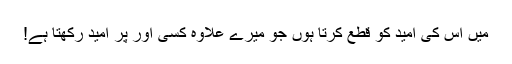
میں اس کی امید کو قطع کرتا ہوں جو میرے علاوہ کسی اور پر امید رکھتا ہے!